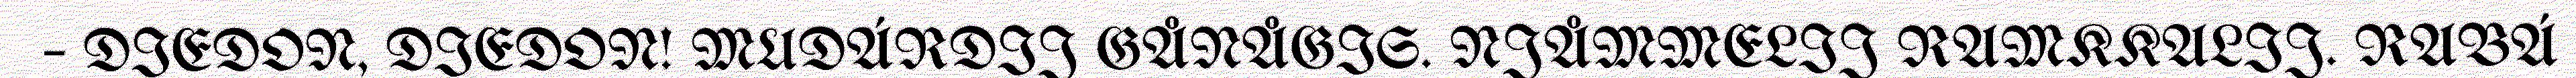
– DIEDON, DIEDON! MUDÁRDIJ GÅNÅGIS. NJÅMMELIJ RAMKKALIJ. RABÁ